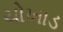
ચોખાડ